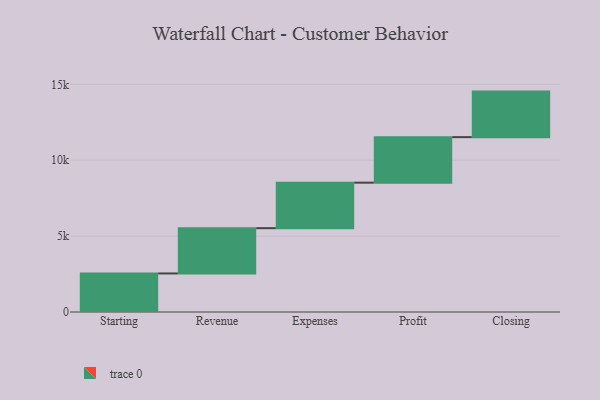
{"axis": {"x": "Step", "y": "Value"}, "legend": [""], "data": [{"x": "Starting", "y": 2540.0, "type": ""}, {"x": "Revenue", "y": 2983.0, "type": ""}, {"x": "Expenses", "y": 3000, "type": ""}, {"x": "Profit", "y": 3000, "type": ""}, {"x": "Closing", "y": 3000, "type": ""}]}